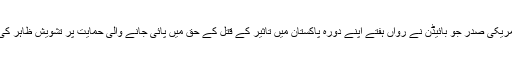
امریکی صدر جو بائیڈن نے رواں ہفتے اپنے دورہ پاکستان میں تاثیر کے قتل کے حق میں پائی جانے والی حمایت پر تشویش ظاہر کی۔